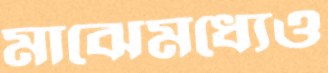
মাঝেমধ্যেও